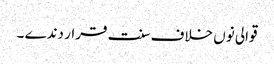
قوالی نوں خلاف سنت قرار دندے ۔